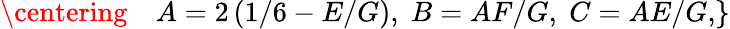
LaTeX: \begin{array}{r}{\left.\begin{array}{rl}{\centering}&{{}A=2\left(1/6-E/G\right),\; B=AF/G,\; C=AE/G,}\end{array}\right\} }\end{array}